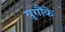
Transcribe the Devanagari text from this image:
युगौंके